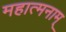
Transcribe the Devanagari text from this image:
महात्मनाम्